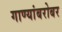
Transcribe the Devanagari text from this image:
गाण्यांबरोबर